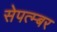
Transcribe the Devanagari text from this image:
सेपत्म्बर